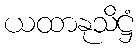
ယထာနုသိဋ္ဌံ